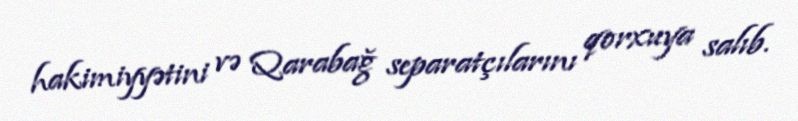
hakimiyyətini və Qarabağ separatçılarını qorxuya salıb.